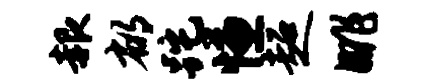
赧郁跎慊超眺